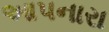
આપનારા